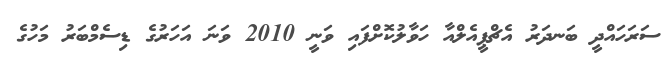
ސަރަހައްދީ ބަނދަރު އެޗްޕީއެލްއާ ހަވާލުކޮށްފައި ވަނީ 2010 ވަނަ އަހަރުގެ ޑިސެމްބަރު މަހުގެ